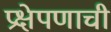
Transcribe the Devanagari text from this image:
प्रक्षेपणाची